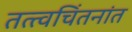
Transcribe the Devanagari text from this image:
तत्त्वचिंतनांत